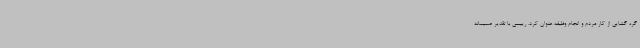
گره گشایی از کار مردم و انجام وظیفه عنوان کرد. رییسی با تقدیر صمیمانه